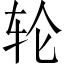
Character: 轮